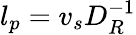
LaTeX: l_{p}=v_{s}D_{R}^{-1}